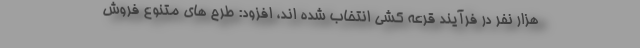
هزار نفر در فرآیند قرعه کشی انتخاب شده اند، افزود: طرح های متنوع فروش